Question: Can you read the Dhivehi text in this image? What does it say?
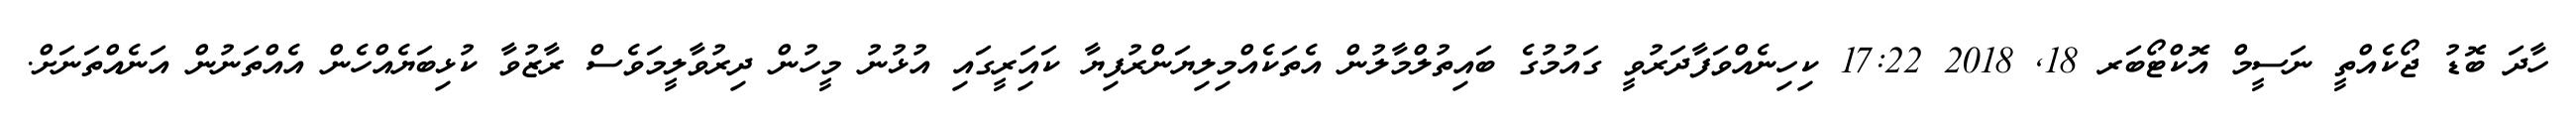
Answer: ހާދަ ބޮޑު ޖޯކެއްތީ ނަސީމް އޮކްޓޯބަރ 18, 2018 17:22 ކިހިނެއްވަފާދަރުވީ ގައުމުގެ ބައިތުލްމާލުން އެތަކެއްމިލިޔަންރުފިޔާ ކައަިރީގައި އުޅުނު މީހުން ދިރުވާލީމަވެސް ރާޒުވާ ކުޅިބަޔެއްހެން އެއްތަނުން އަނެއްތަނަށް.